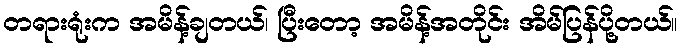
တရားရုံးက အမိန့်ချတယ်၊ ပြီးတော့ အမိန့်အတိုင်း အိမ်ပြန်ပို့တယ်။